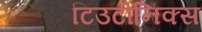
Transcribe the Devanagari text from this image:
टिउटोनिक्स